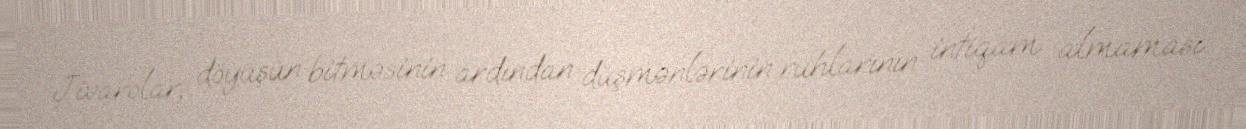
Jivarolar, döyüşün bitməsinin ardından düşmənlərinin ruhlarının intiqam almaması